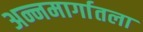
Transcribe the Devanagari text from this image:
अन्नमार्गातला